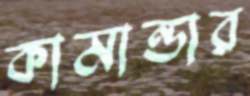
কামান্ডার